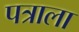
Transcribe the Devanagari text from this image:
पत्राला